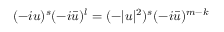
( - i u ) ^ { s } ( - i \bar { u } ) ^ { l } = ( - | u | ^ { 2 } ) ^ { s } ( - i \bar { u } ) ^ { m - k }